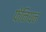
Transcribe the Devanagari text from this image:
फेनियन